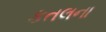
કતલના